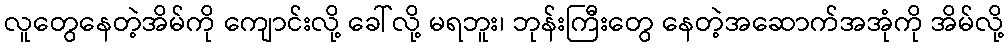
လူတွေနေတဲ့အိမ်ကို ကျောင်းလို့ ခေါ်လို့ မရဘူး၊ ဘုန်းကြီးတွေ နေတဲ့အဆောက်အအုံကို အိမ်လို့